Mental hospitals Bombay report 1929-33 - 1929-1933
Year: 1929
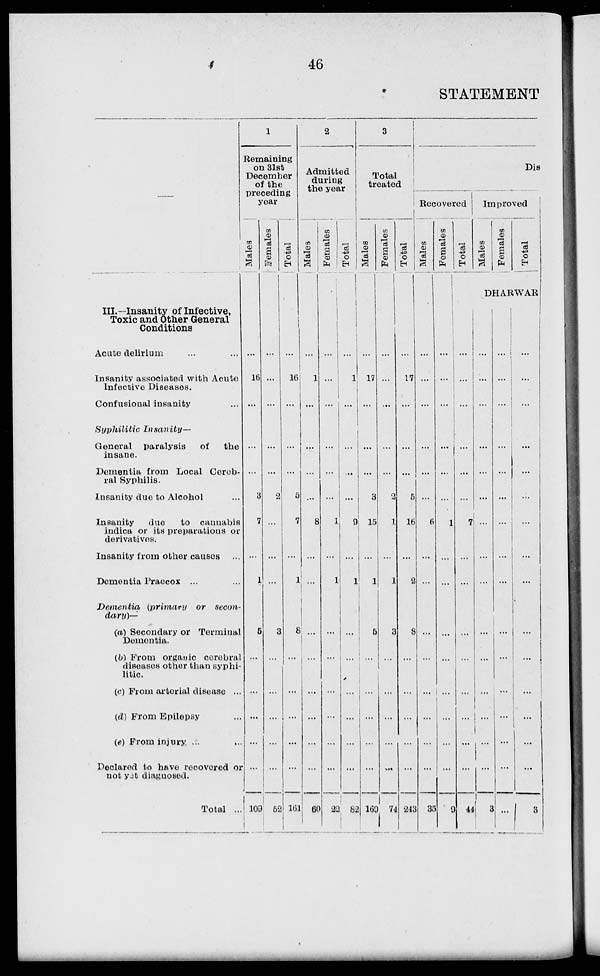
46
STATEMENT
III.—Insanity of Infective,
Toxic and Other General
Conditions
Acute delirium ... ...
Insanity associated with Acute
Infective Diseases.
Confusioual insanity ...
Syphilitic
Insanity—
General paralysis
of
the
insane.
Dementia from Local Cereb-
ral Syphilis.
Insanity due to Alcohol ...
Insanity
due
to cannabis
indica or its preparations or
derivatives.
Insanity from other causes
Dementia Praecox ... ...
Dementia
(primary
or secon-
dary)—
(a) Secondary or Terminal
Dementia.
(b) From organic cerebral
diseases other than syphi-
litic.
(c) From arterial disease ...
(d) From Epilepsy ...
(e) From injury ...
...
Declared to have recovered or
not yjt diagnosed.
Total ...
1
Remaining
on 31st
December
of the
preceding
year
Males
...
16
...
...
...
3
7
...
1
5
...
...
...
...
...
109
Females
...
...
...
...
...
2
...
...
...
3
...
...
...
...
...
52
Total
...
16
...
...
...
5
7
...
1
8
...
...
...
...
...
161
2
Admitted
during
the year
Males
...
1
...
...
...
...
8
...
...
...
...
...
...
...
...
60
Females
Total
...
...
...
...
...
...
1
...
1
...
...
...
...
...
...
22
...
1
...
...
...
...
9
...
1
...
...
...
...
...
...
82
3
Total
treated
Males
Females
...
17
...
...
...
3
15
...
1
5
...
...
...
...
...
169
...
...
...
...
...
2
1
...
1
3
...
...
...
...
...
74
Total
...
17
...
...
...
5
16
...
2
8
...
...
...
...
...
243
Dis
Recovered
Males
...
...
...
...
...
...
6
...
...
...
...
...
...
...
...
35
Females
Total
Improved
Males
Females
Total
DHARWAR
...
...
...
...
...
...
1
...
...
...
...
...
...
...
...
9
...
...
...
...
...
...
7
...
...
...
...
...
...
...
...
44
...
...
...
...
...
...
...
...
...
...
...
...
...
...
...
3
...
...
...
...
...
...
...
...
...
...
...
...
...
...
...
...
...
...
...
...
...
...
...
...
...
...
...
...
...
...
...
3